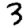
Digit: 3